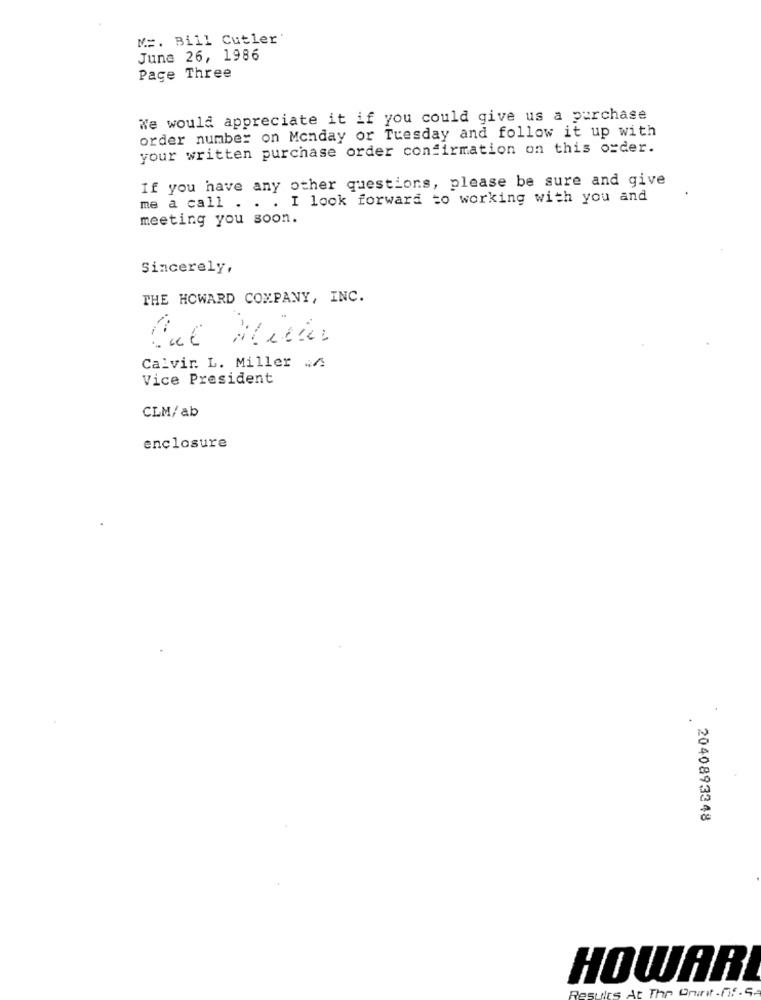
M =. Bill Cutler'
June 26, 1986
Page Three
We would appreciate it if you could give us a purchase
order number on Monday or Tuesday and follow it up with
your written purchase order confirmation on this order.
If you have any other questions, please be sure and give
me a call . . . I look forward to working with you and
meeting you soon.
Sincerely,
THE HOWARD COMPANY, INC.
-
Calvir. L. Miller
Vice President
CLM/ ab
enclosure
2040893348
HOWARE
At The Print. n.F. 5.